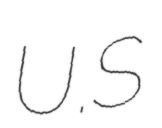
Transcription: U.S